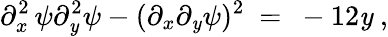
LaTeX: \partial_{x}^{2}\, \psi\partial_{\mathit{y}}^{2}\psi-(\partial_{x}\partial_{\mathit{y}}\psi)^{2}\ =\ -12\mathit{y}~,